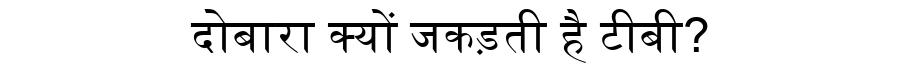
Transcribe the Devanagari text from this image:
दोबारा क्यों जकड़ती है टीबी?